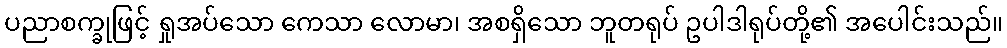
ပညာစက္ခုဖြင့် ရှုအပ်သော ကေသာ လောမာ၊ အစရှိသော ဘူတရုပ် ဥပါဒါရုပ်တို့၏ အပေါင်းသည်။